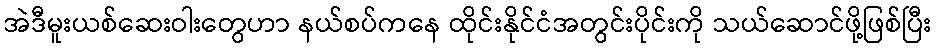
အဲဒီမူးယစ်ဆေးဝါးတွေဟာ နယ်စပ်ကနေ ထိုင်းနိုင်ငံအတွင်းပိုင်းကို သယ်ဆောင်ဖို့ဖြစ်ပြီး